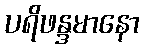
ပရိဖန္ဒမာနော